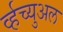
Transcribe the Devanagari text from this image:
र्व्हच्युअल